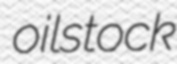
oilstock